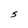
Character: S